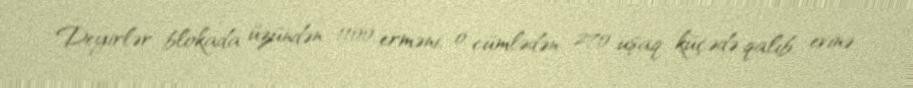
Deyirlər blokada üzündən 1100 erməni, o cümlədən 270 uşaq küçədə qalıb, evinə